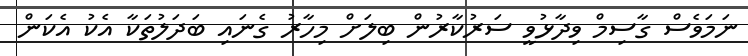
ނަމަވެސް ގާސިމް ވިދާޅުވީ ސަރުކާރުން ބިލަށް މިހާރު ގެނައި ބަދަލުތަކާ އެކު އެކަން